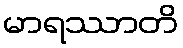
မာရဿာတိ